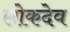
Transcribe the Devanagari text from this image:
लोकदेव